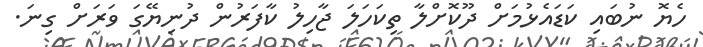
ހެޔޮ ނުބައި ކަޑައެޅުމަށް ދޫކޮށްލާ ތިކަހަލަ ޖާހިލު ކާފަރުން ދުނިޔޭގަ ވަރަށް ގިނަ.